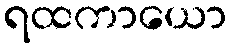
ရထကာယော